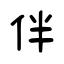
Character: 伴